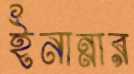
ইনান্নার